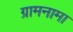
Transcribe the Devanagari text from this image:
ग्रामनामा